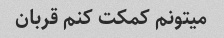
میتونم کمکت کنم قربان